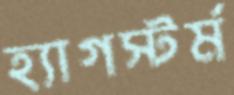
হ্যাগস্টর্ম